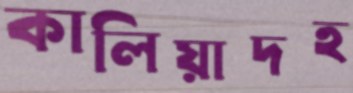
কালিয়াদহ